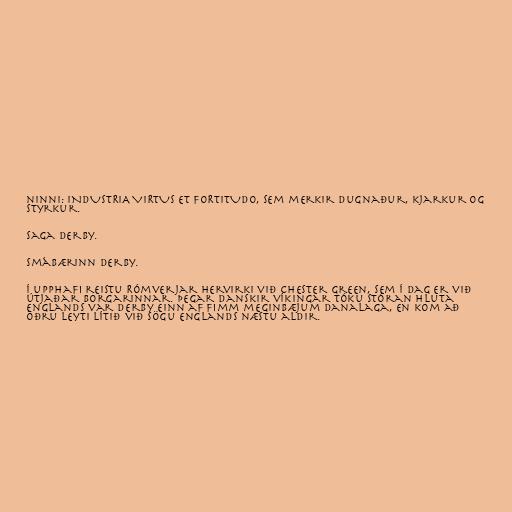
ninni: INDUSTRIA VIRTUS ET FORTITUDO, sem merkir dugnaður, kjarkur og
styrkur.

Saga Derby.

Smábærinn Derby.

Í upphafi reistu Rómverjar hervirki við Chester Green, sem í dag er við
útjaðar borgarinnar. Þegar danskir víkingar tóku stóran hluta
Englands var Derby einn af fimm meginbæjum Danalaga, en kom að
öðru leyti lítið við sögu Englands næstu aldir.